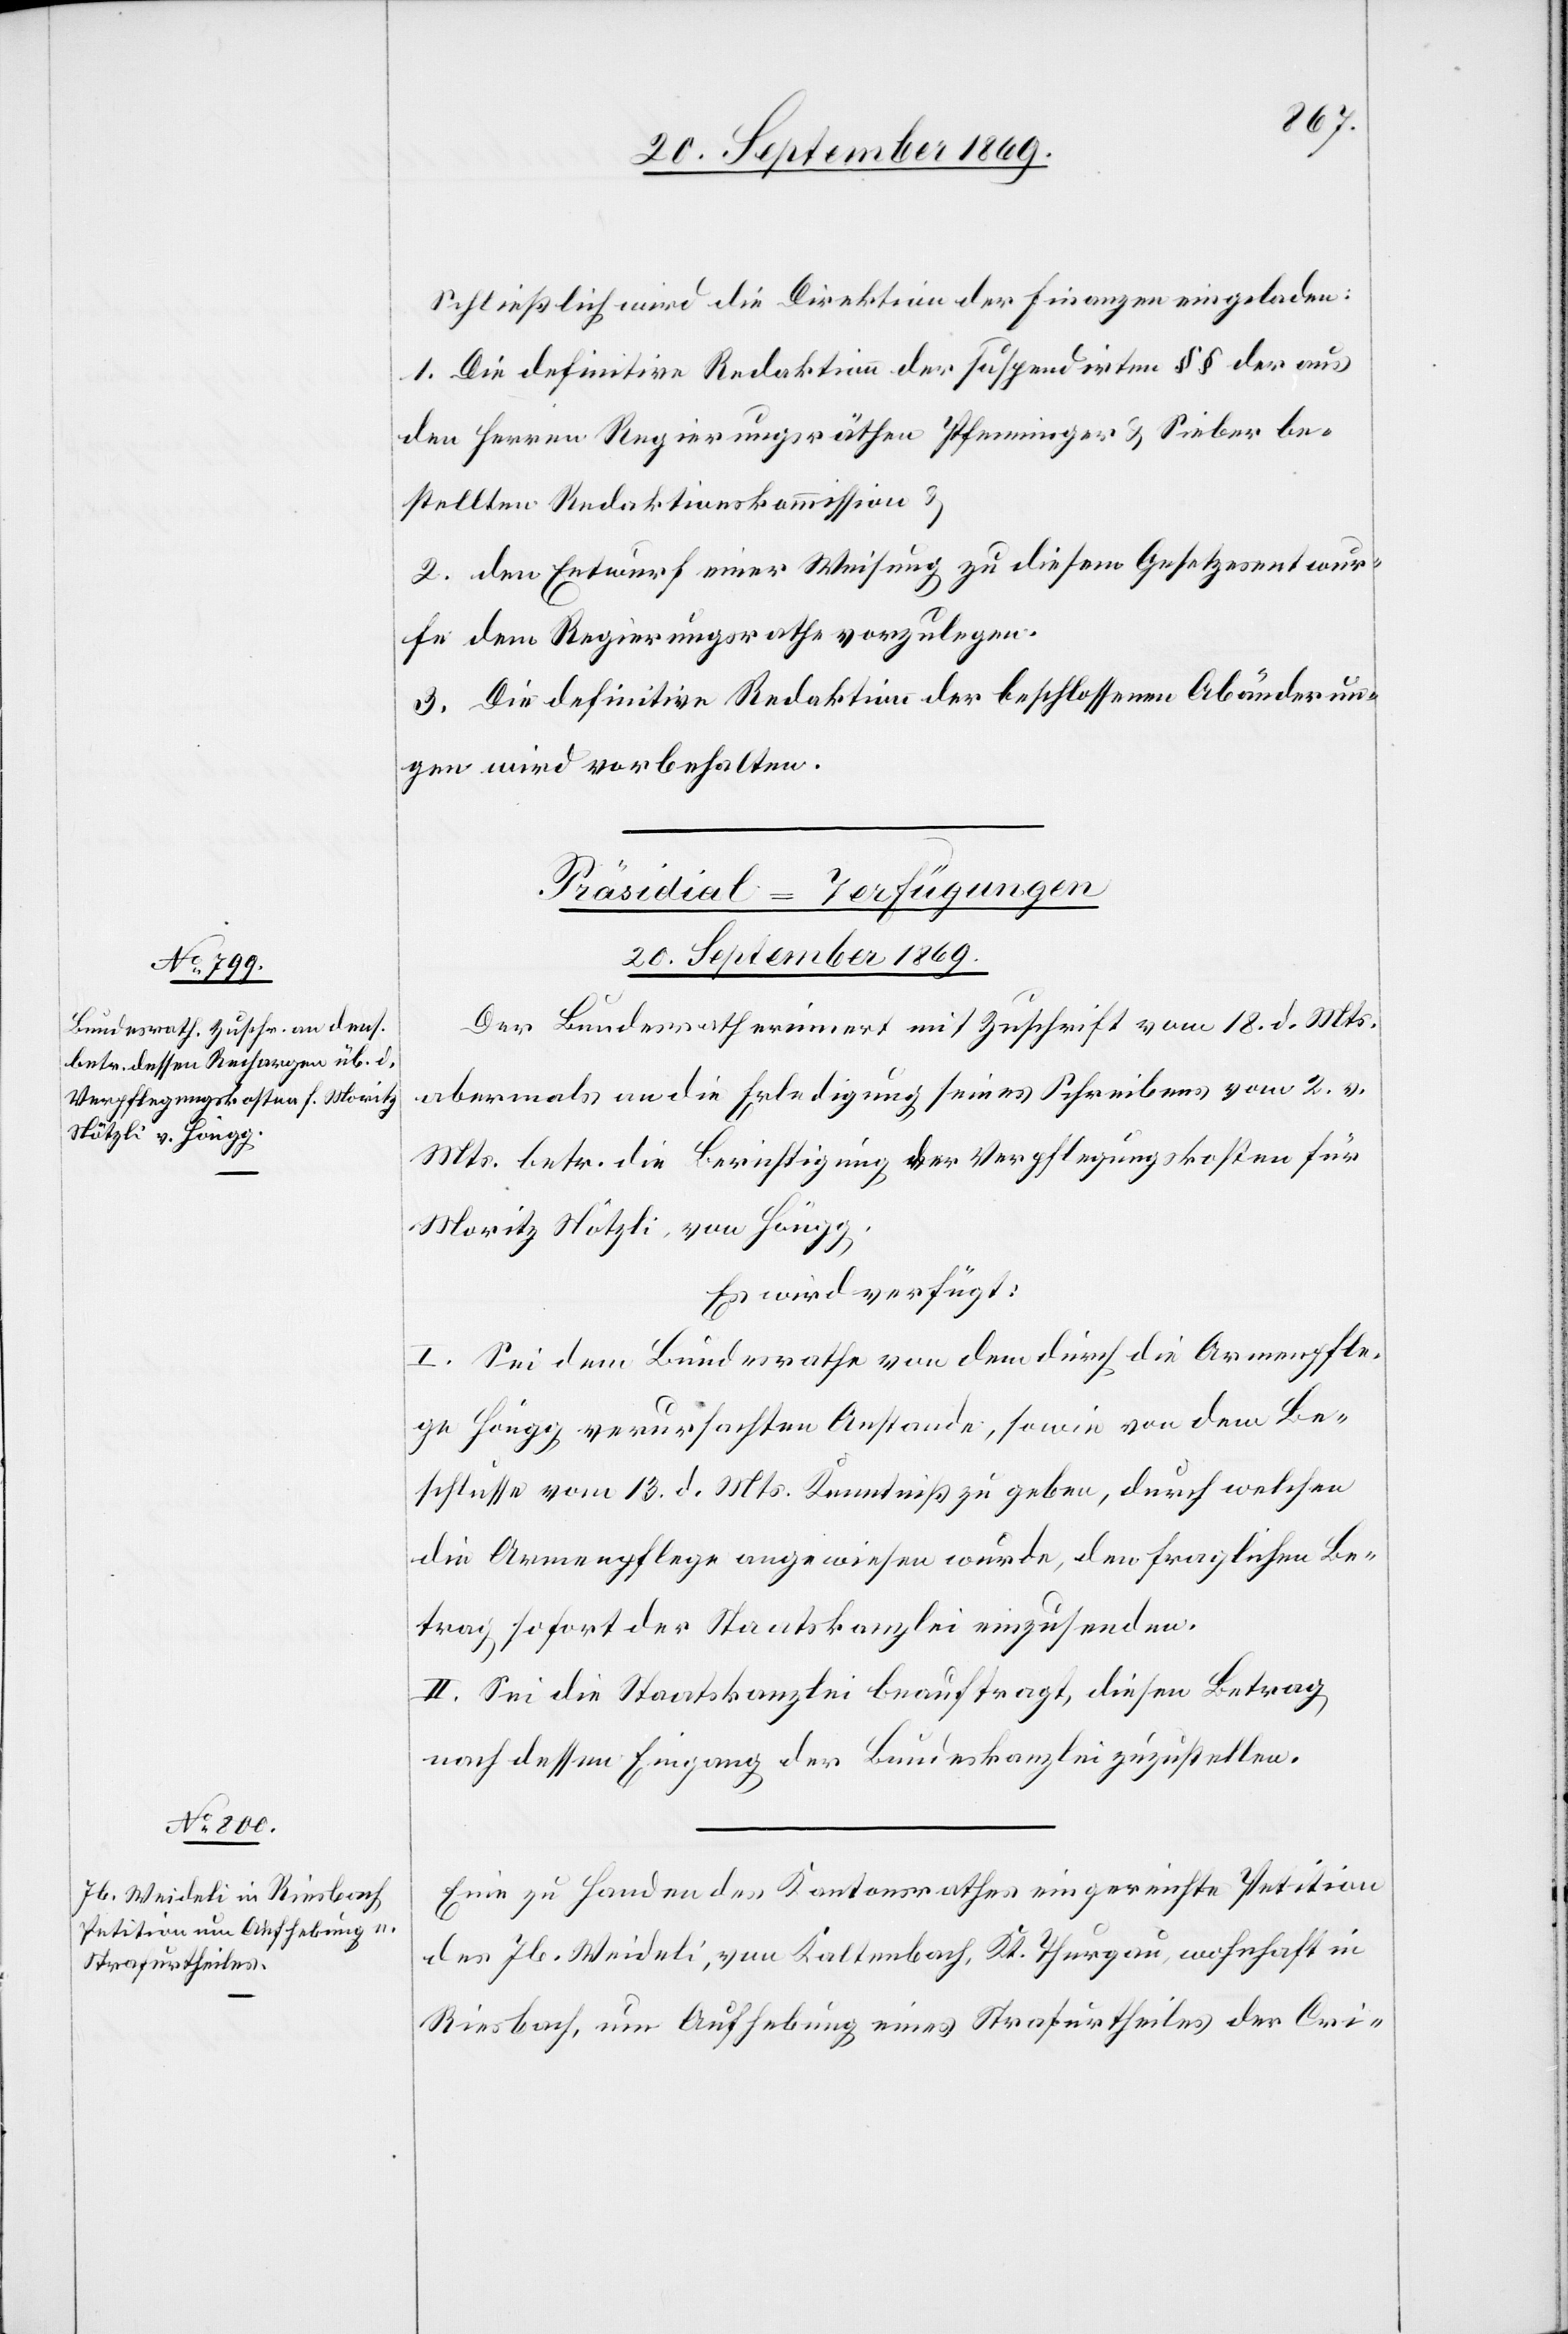
20. September 1869.]
Schließlich wird die Direktion der Finanzen eingeladen:
1. Die definitive Redaktion der suspendirten §§ der aus
den Herren Regierungsräthen Pfenninger & Sieber be¬
stellten Redaktionskommission &
2. den Entwurf einer Weisung zu diesem Gesetzesentwur¬
fe dem Regierungsrathe vorzulegen.
3. Die definitive Redaktion der beschlossenen Abänderun¬
gen wird vorbehalten.
[Präsidial-Verfügungen
Der Bundesrath erinnert mit Zuschrift vom 18. d. Mts.
abermals an die Erledigung seines Schreibens vom 2. v.
Mts. betr. die Berichtigung der Verpflegungskosten für
Moritz Nötzli, von Höngg.
Es wird verfügt:
I. Sei dem Bundesrathe von dem durch die Armenpfle¬
ge Höngg verursachten Anstande, sowie von dem Be¬
schlusse vom 13. d. Mts. Kenntniß zu geben, durch welchen
die Armenpflege angewiesen wurde, den fraglichen Be¬
trag sofort der Staatskanzlei einzusenden.
II. Sei die Staatskanzlei beauftragt, diesen Betrag
nach dessen Eingang der Bundeskanzlei zuzustellen.
Eine zu Handen des Kantonsrathes eingereichte Petition
des Jb. Weideli, von Kaltenbach, Kt. Thurgau, wohnhaft in
Riesbach, um Aufhebung eines Strafurtheiles der Cri-